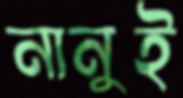
নানুই